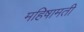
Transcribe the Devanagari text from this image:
महिषामती